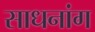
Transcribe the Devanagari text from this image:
साधनांग